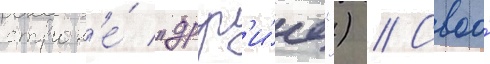
строк'е́ "друг'и́е") // Своо́